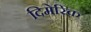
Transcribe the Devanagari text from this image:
दिमेरिक